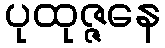
ပုထုဇ္ဇနေ